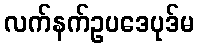
လက်နက်ဥပဒေပုဒ်မ